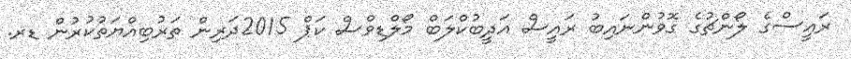
ރައީސްގެ ލޯންޗުގެ ގޮވުންނައިބު ރައީސް އަދީބުކްލަބް މޯލްޑިވްސް ކަޕް 2015ދަރިން ތަރުބިއްޔަތުކުރުން ޑރ.